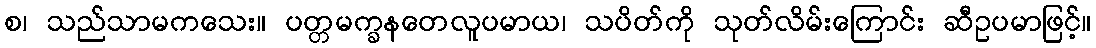
စ၊ သည်သာမကသေး။ ပတ္တမက္ခနတေလူပမာယ၊ သပိတ်ကို သုတ်လိမ်းကြောင်း ဆီဥပမာဖြင့်။